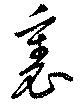
裏